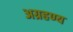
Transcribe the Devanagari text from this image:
अग्रहण्य